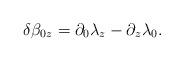
LaTeX: \begin{align*}\delta \beta_{0z}=\partial_0\lambda_z -\partial_z\lambda_0.\end{align*}